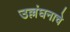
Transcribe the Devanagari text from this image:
उल्लंघनाचे